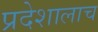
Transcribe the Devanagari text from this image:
प्रदेशालाच